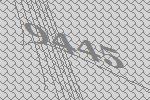
9445